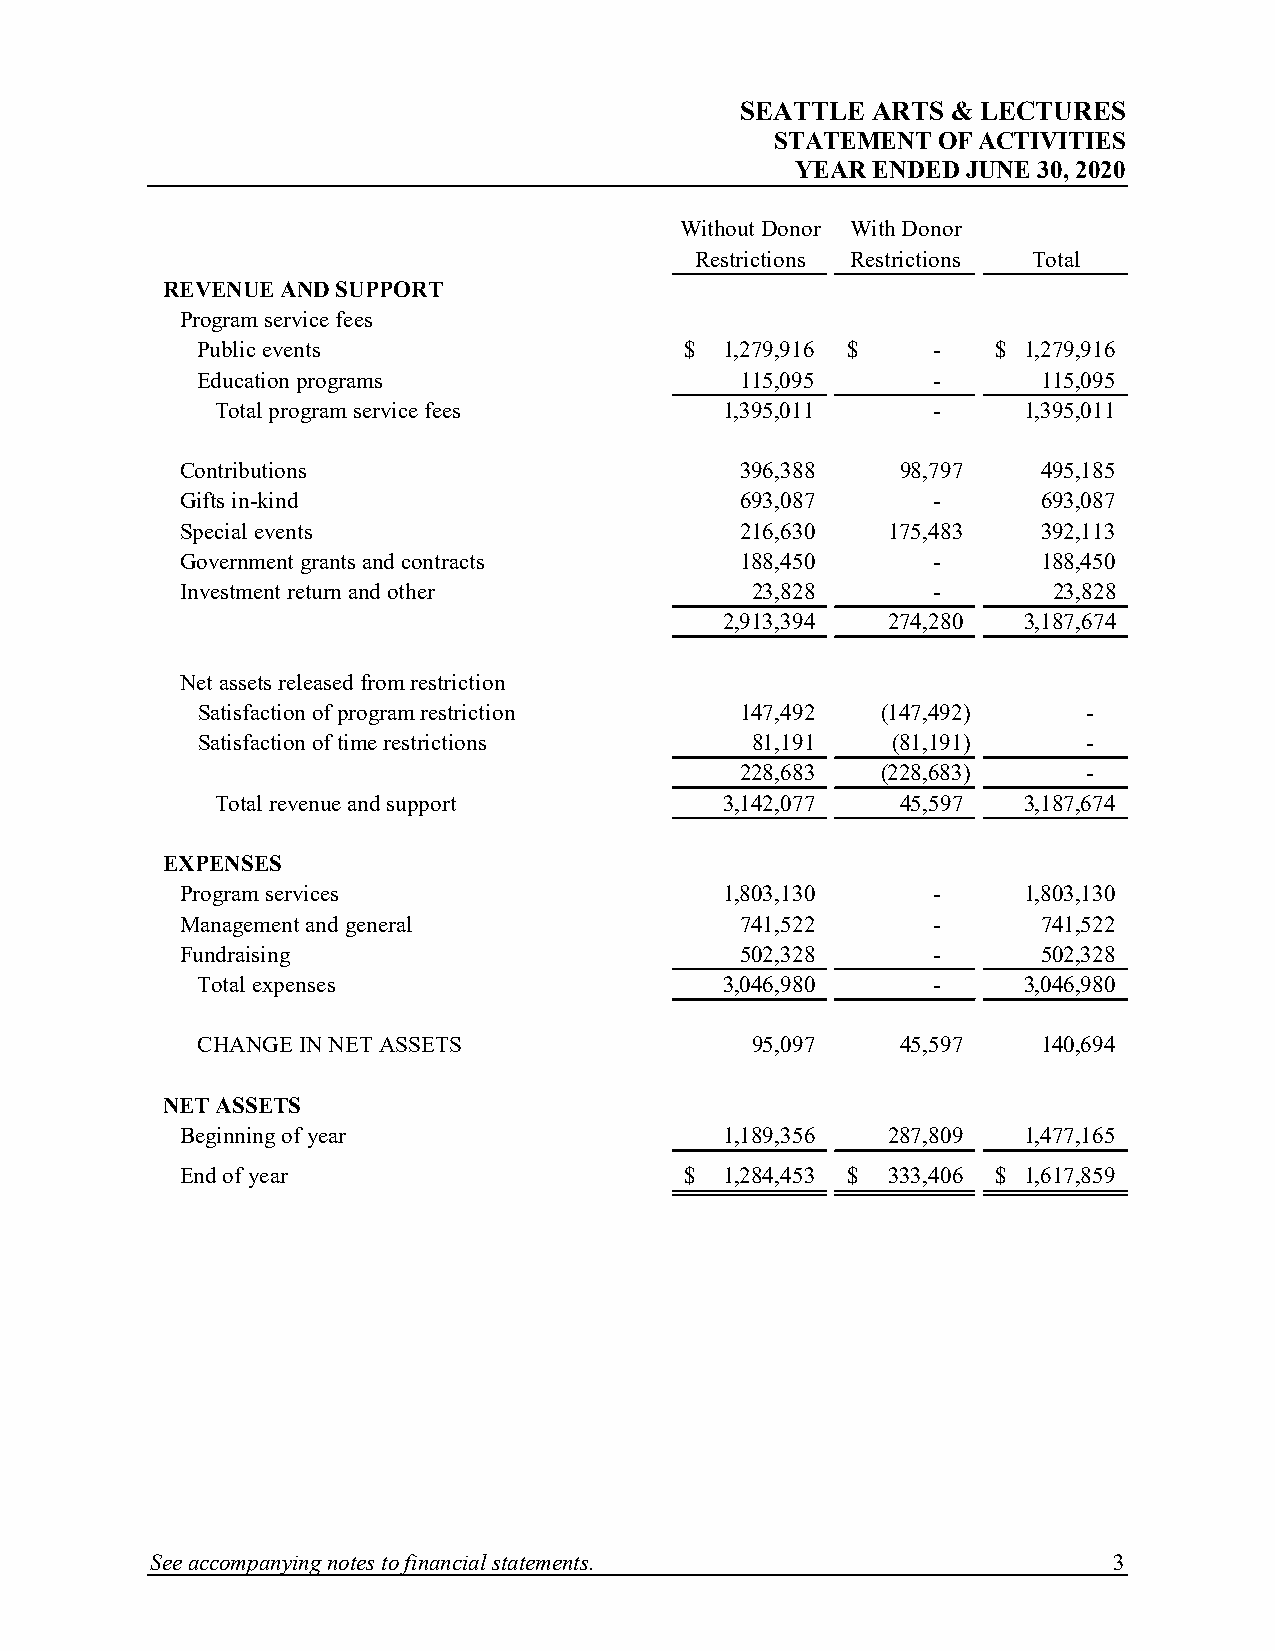
SEATTLE  ARTS & LECTURES
 STATEMENT  OF ACTIVITIES
 YEAR ENDED JUNE 30, 2020
 Without Donor With Donor
 Restrictions Restrictions Total
 REVENUE AND SUPPORT
 Program service fees
 Public events                   $  1,279,916 $   -   $ 1,279,916
 Education programs                  115,095      -      115,095
 Total program service fees        1,395,011     -     1,395,011
 Contributions                        396,388    98,797   495,185
 Gifts in-kind                        693,087      -      693,087
 Special events                       216,630   175,483   392,113
 Government grants and contracts      188,450      -      188,450
 Investment return and other           23,828      -       23,828
 2,913,394  274,280  3,187,674
 Net assets released from restriction
 Satisfaction of program restriction 147,492  (147,492)     -
 Satisfaction of time restrictions    81,191   (81,191)     -
 228,683  (228,683)     -
 Total revenue and support         3,142,077   45,597  3,187,674
 EXPENSES
 Program services                    1,803,130     -     1,803,130
 Management and general               741,522      -      741,522
 Fundraising                          502,328      -      502,328
 Total expenses                     3,046,980     -     3,046,980
 CHANGE IN NET ASSETS                 95,097    45,597   140,694
 NET ASSETS
 Beginning of year                   1,189,356  287,809  1,477,165
 End of year                      $  1,284,453 $ 333,406 $ 1,617,859
 See accompanying notes to financial statements.                 3